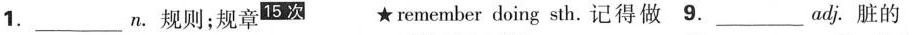
1.___ n.规则；规章^{15次} ★remember doing sth。 记得做9.___ adj.脏的